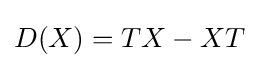
\displaystyle {D(X)=TX-XT}